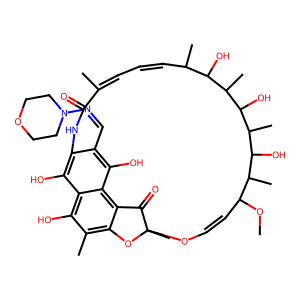
SMILES: COC1C=COC2(C)Oc3c(C)c(O)c4c(O)c(c(C=NN5CCOCC5)c(O)c4c3C2=O)NC(=O)C(C)=CC=CC(C)C(O)C(C)C(O)C(C)C(O)C1C
Inhibits HIV replication: No